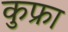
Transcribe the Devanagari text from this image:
कुफ्रा